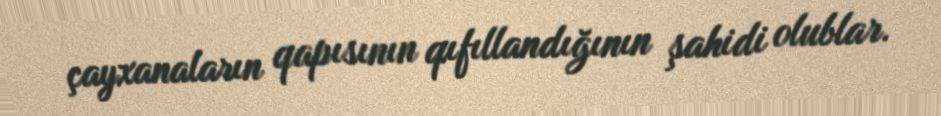
çayxanaların qapısının qıfıllandığının şahidi olublar.